Annual statistical returns and brief notes on vaccination in Bengal - 1909-1929
Year: 1909
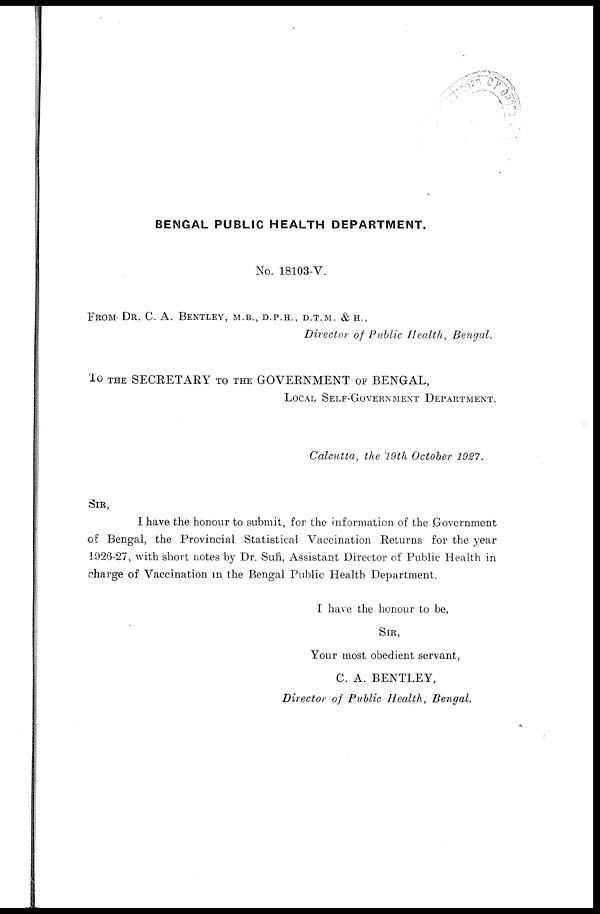
BENGAL PUBLIC HEALTH DEPARTMENT.
No. 18103-V.
FROM DR. C. A. BENTLEY, M.B., D.P.H., D.T.M. & H.,
Director of Public Health, Bengal.
To THE SECRETARY TO THE GOVERNMENT OF BENGAL,
LOCAL SELF-GOVERNMENT DEPARTMENT.
Calcutta, the 19th October 1927.
SIR,
I have the honour to submit, for the information of the Government
of Bengal, the Provincial Statistical Vaccination Returns for the year
1926-27, with short notes by Dr. Sufi, Assistant Director of Public Health in
charge of Vaccination in the Bengal Public Health Department.
I have the honour to be,
SIR,
Your most obedient servant,
C. A. BENTLEY,
Director of Public Health, Bengal.